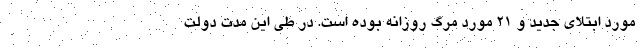
مورد ابتلای جدید و 21 مورد مرگ روزانه بوده است. در طی این مدت دولت